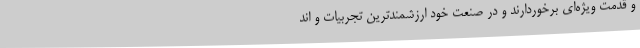
و قدمت ویژه‌ای برخوردارند و در صنعت خود ارزشمندترین تجربیات و اند